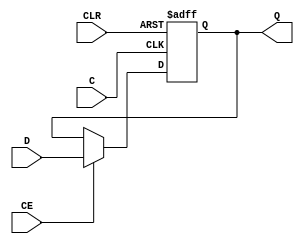
////////////////////////////////////////////////////////////////////////////////
// Copyright (c) 1995-2008 Xilinx, Inc.  All rights reserved.
////////////////////////////////////////////////////////////////////////////////
//   ____  ____ 
//  /   /\/   / 
// /___/  \  /    Vendor: Xilinx 
// \   \   \/     Version : 10.1
//  \   \         Application : sch2verilog
//  /   /         Filename : reg9B.vf
// /___/   /\     Timestamp : 01/29/2016 00:37:26
// \   \  /  \ 
//  \___\/\___\ 
//
//Command: D:\XILINX\ISE\bin\nt\unwrapped\sch2verilog.exe -intstyle ise -family spartan3a -w C:/Users/kalpana/Desktop/xilinx_533/lab5/mini_intrusion/reg9B.sch reg9B.vf
//Design Name: reg9B
//Device: spartan3a
//Purpose:
//    This verilog netlist is translated from an ECS schematic.It can be 
//    synthesized and simulated, but it should not be modified. 
//
`timescale 100 ps / 10 ps

module FD16CE_HXILINX_reg9B(Q, C, CE, CLR, D);

   
   output [15:0]      Q;

   input 	      C;	
   input 	      CE;	
   input 	      CLR;	
   input  [15:0]      D;
   
   reg    [15:0]      Q;
   
   always @(posedge C or posedge CLR)
     begin
	if (CLR)
	  Q <= 16'b0000_0000_0000_0000;
	else if (CE)
          Q <= D;
     end
   
   
endmodule
`timescale 100 ps / 10 ps

module FD8CE_HXILINX_reg9B(Q, C, CE, CLR, D);

   
   output [7:0]       Q;

   input 	      C;	
   input 	      CE;	
   input 	      CLR;	
   input  [7:0]       D;
   
   reg    [7:0]       Q;
   
   always @(posedge C or posedge CLR)
     begin
	if (CLR)
	  Q <= 8'b0000_0000;
	else if (CE)
          Q <= D;
     end
   
   
endmodule
`timescale 1ns / 1ps

module reg9B(ce, 
             clk, 
             clr, 
             d, 
             q);

    input ce;
    input clk;
    input clr;
    input [71:0] d;
   output [71:0] q;
   
   
   FD16CE_HXILINX_reg9B XLXI_16 (.C(clk), 
                                 .CE(ce), 
                                 .CLR(clr), 
                                 .D(d[15:0]), 
                                 .Q(q[15:0]));
   // synthesis attribute HU_SET of XLXI_16 is "XLXI_16_0"
   FD16CE_HXILINX_reg9B XLXI_18 (.C(clk), 
                                 .CE(ce), 
                                 .CLR(clr), 
                                 .D(d[31:16]), 
                                 .Q(q[31:16]));
   // synthesis attribute HU_SET of XLXI_18 is "XLXI_18_1"
   FD16CE_HXILINX_reg9B XLXI_19 (.C(clk), 
                                 .CE(ce), 
                                 .CLR(clr), 
                                 .D(d[47:32]), 
                                 .Q(q[47:32]));
   // synthesis attribute HU_SET of XLXI_19 is "XLXI_19_2"
   FD16CE_HXILINX_reg9B XLXI_20 (.C(clk), 
                                 .CE(ce), 
                                 .CLR(clr), 
                                 .D(d[63:48]), 
                                 .Q(q[63:48]));
   // synthesis attribute HU_SET of XLXI_20 is "XLXI_20_3"
   FD8CE_HXILINX_reg9B XLXI_22 (.C(clk), 
                                .CE(ce), 
                                .CLR(clr), 
                                .D(d[71:64]), 
                                .Q(q[71:64]));
   // synthesis attribute HU_SET of XLXI_22 is "XLXI_22_4"
endmodule